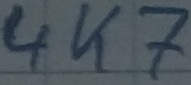
Text: 4K7